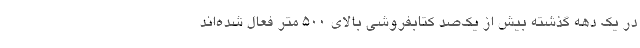
در یک دهه گذشته بیش از یک‌صد کتابفروشی بالای 500 متر فعال شده‌اند